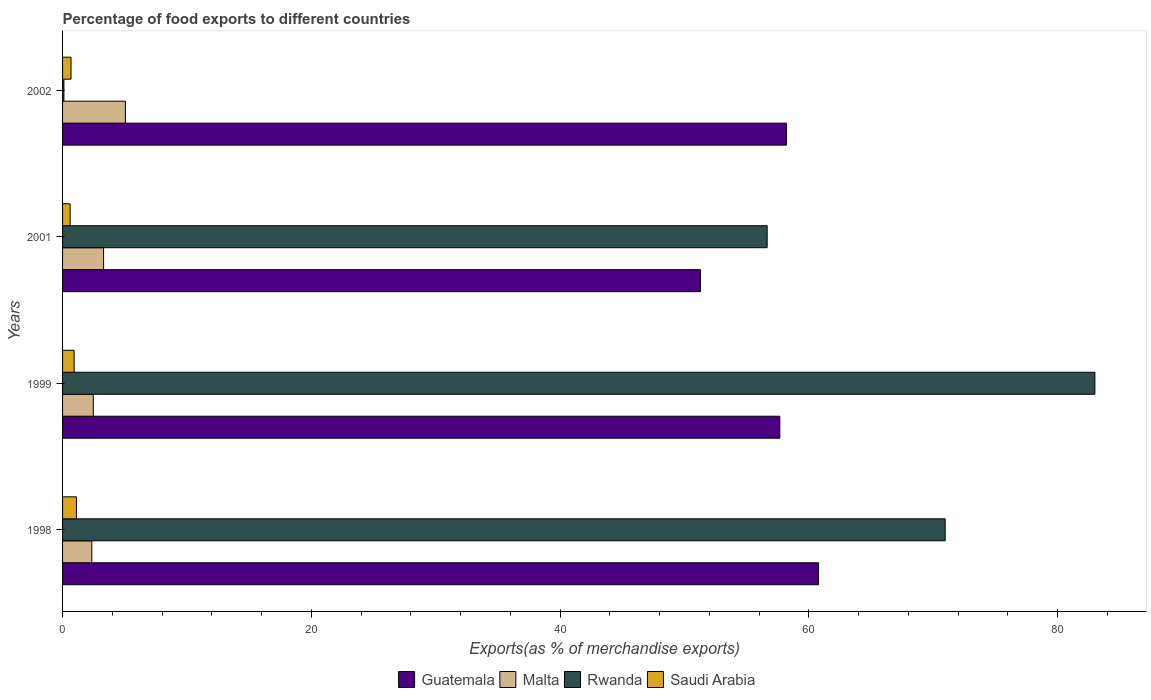
| Years | Guatemala | Malta | Rwanda | Saudi Arabia |
 | --- | --- | --- | --- | --- |
 | 1998 | 60.8 | 2.35 | 71 | 1.11 |
 | 1999 | 57.7 | 2.47 | 83 | 0.931 |
 | 2001 | 51.3 | 3.3 | 56.7 | 0.61 |
 | 2002 | 58.2 | 5.05 | 0.108 | 0.681 |